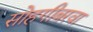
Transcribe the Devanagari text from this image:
सोहगीबरवा